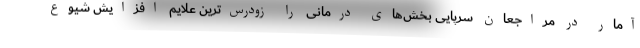
آمار در مراجعان سرپایی بخش‌های درمانی را زودرس‌ترین علایم افزایش شیوع